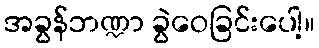
အခွန်ဘဏ္ဍာ ခွဲဝေခြင်းပေါ့။